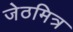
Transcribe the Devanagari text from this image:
जेठमित्र